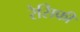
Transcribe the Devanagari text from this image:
रेसिफी